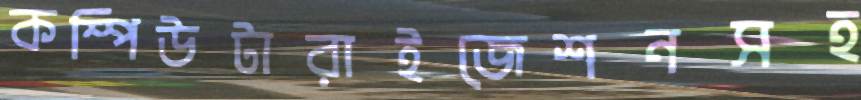
কম্পিউটারাইজেশনসহ